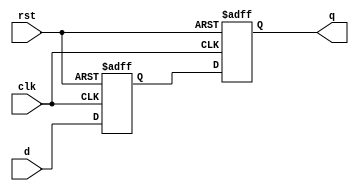
module d_ff_delay (
  input clk,
  input rst,
  input d,
  output reg q
);

reg d_delayed;

// Delay the input signal by one clock cycle
always @(posedge clk or posedge rst) begin
  if (rst) begin
    d_delayed <= 1'b0;
  end else begin
    d_delayed <= d;
  end
end

// D flip-flop with delayed input
always @(posedge clk or posedge rst) begin
  if (rst) begin
    q <= 1'b0;
  end else begin
    q <= d_delayed;
  end
end

endmodule